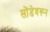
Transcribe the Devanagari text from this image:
सोंडेवरून